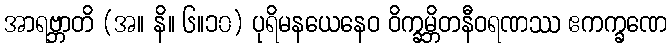
အာရဗ္ဘာတိ (အ။ နိ။ ၆။၁၀) ပုရိမနယေနေဝ ဝိက္ခမ္ဘိတနီဝရဏဿ ဧကက္ခဏေ